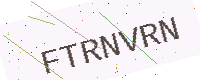
Text: FTRNVRN